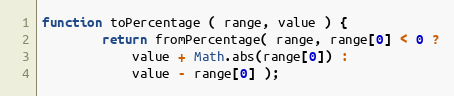
Language: JavaScript
function toPercentage ( range, value ) {
        return fromPercentage( range, range[0] < 0 ?
            value + Math.abs(range[0]) :
            value - range[0] );